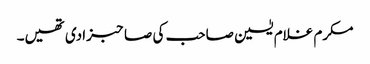
مکرم غلام یٰسین صاحب کی صاحبزادی تھیں۔